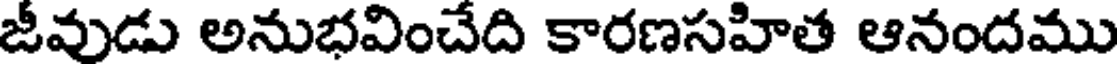
జీవుడు అనుభవించేది కారణసహిత ఆనందము